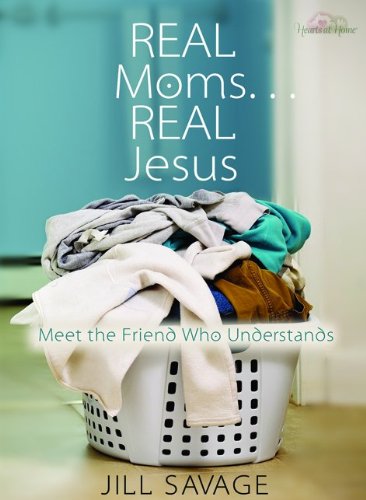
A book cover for Real Moms...Real Jesus: Meet the Friend Who Understands; Jill Savage; Parenting & Relationships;